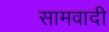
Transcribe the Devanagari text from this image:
सामवादी